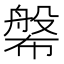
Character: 𱜷